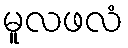
မူလဖလံ